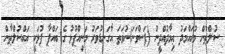
ސުލްޠާން މުޙައްމަދު ޢިމާދުއްދީނު (ފަސްވަނަ)ނުވަތަ އާގަނޑުވަރު މަނިއްޕުޅު ގެ ބައްޕާ ފުޅަކީ އައްސުލްޠާން